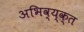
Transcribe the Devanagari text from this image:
अभिव्य्क्त